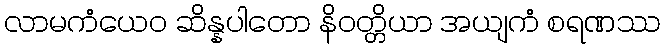
လာမကံယေဝ ဆိန္နပါတော နိဝတ္တိယာ အယျကံ စရဏဿ